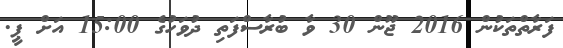
ފަރާތްތަކުން 2016 ޖޫން 30 ވާ ބުރާސްފަތި ދުވަހުގެ 15:00 އަށް ޕީ.